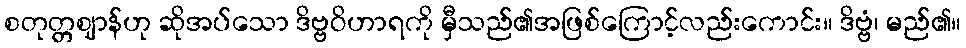
စတုတ္တဈာန်ဟု ဆိုအပ်သော ဒိဗ္ဗဝိဟာရကို မှီသည်၏အဖြစ်ကြောင့်လည်းကောင်း။ ဒိဗ္ဗံ၊ မည်၏။